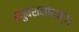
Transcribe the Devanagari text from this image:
रघुवंशनाथम्।।